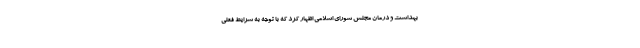
بهداشت و درمان مجلس شورای اسلامی اظهار کرد که با توجه به شرایط فعلی